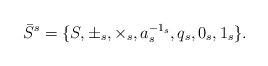
\begin{align*}\bar{S}^{s}=\{S,\pm_{s}, \times_{s},a_{s}^{-1_{s}},q_{s},0_{s},1_{s}\}.\end{align*}